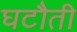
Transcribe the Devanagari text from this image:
घटौती